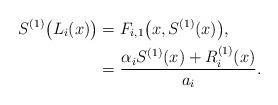
LaTeX: \begin{align*} S^{(1)}\big(L_i(x)\big) &= F_{i,1}\big(x, S^{(1)}(x)\big),\\ &= \frac{\alpha_i S^{(1)}(x) + R_i^{(1)}(x)}{a_i}.\end{align*}